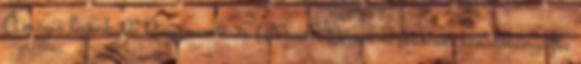
Ő mégis leginkább Rembrandt és Albrecht Dürer rézkarcait tanulmányozta